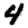
Digit: 4